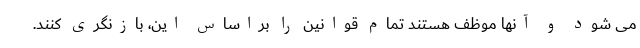
می شود و آنها موظف هستند تمام قوانین را براساس این، بازنگری کنند.